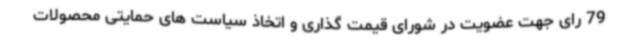
79 رای جهت عضویت در شورای قیمت گذاری و اتخاذ سیاست های حمایتی محصولات